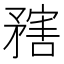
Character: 𥎆